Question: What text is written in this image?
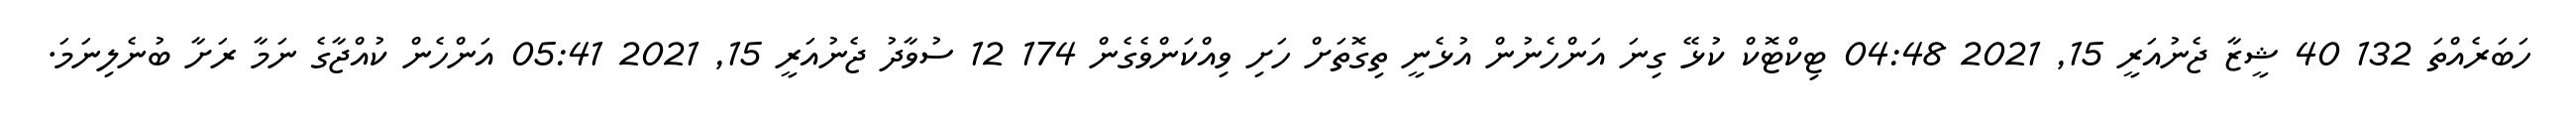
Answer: ހަބަރެއްތަ 132 40 ޝީޒާ ޖެނުއަރީ 15, 2021 04:48 ޓިކްޓޮކް ކުޅޭ ގިނަ އަންހެނުން އުޅެނީ ތިގޮތަށް ހަށި ވިއްކަންވެގެން 174 12 ސުވާދު ޖެނުއަރީ 15, 2021 05:41 އަންހެން ކުއްޖާގެ ނަމާ ރަށާ ބުނެލިނަމަ.